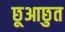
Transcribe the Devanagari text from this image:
छूआछुत